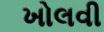
ખોલવી